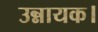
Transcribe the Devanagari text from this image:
उन्नायक।